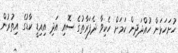
ހުށަހަޅަން ހުއްދަދިން ކަމަށް ހެކިވާ ދެފަރާތުގެ ސޮއި އަދި އިއިޑީ ކާޑުގެ އިތުރުން